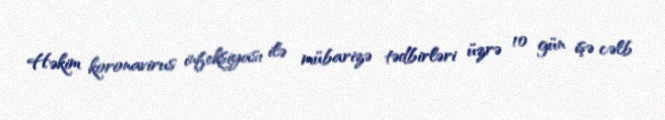
Həkim koronavirus infeksiyası ilə mübarizə tədbirləri üzrə 10 gün işə cəlb